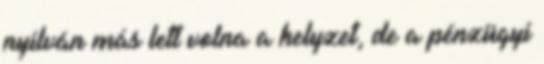
nyilván más lett volna a helyzet, de a pénzügyi